Annual administration report of the Civil Veterinary Department of India - 1898-1899
Year: 1898
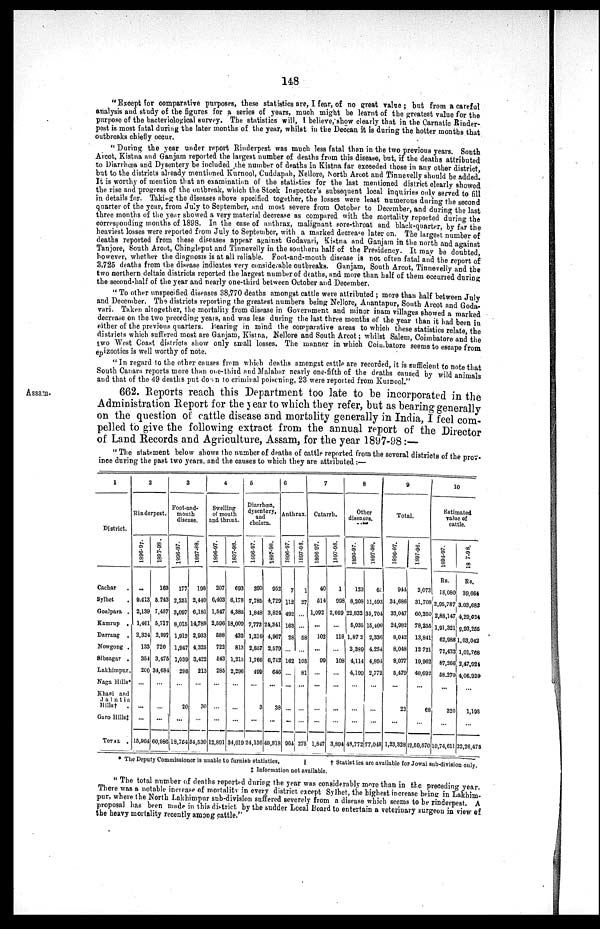
148
"Except for comparative purposes, these statistics are, I fear, of no great value ; but from a careful
analysis and study of the figures for a series of years, much might be learnt of the greatest value for the
purpose of the bacteriological survey. The statistics will, I believe, show clearly that in the Carnatic Binder-
pest is most fatal during the later months of the year, whilst in the Deccan it is during the hotter months that
outbreaks chiefly occur.
"During the year under report Rinderpest was much less fatal than in the two previous years. South
Arcot, Kistna and Ganjam reported the largest number of deaths from this disease, but, if the deaths attributed
to Diarrhœa and Dysentery be included the number of deaths in Kistna far exceeded those in any other district,
but to the districts already mentioned Kurnool, Cuddapah, Nellore, North Arcot and Tinuevelly should be added.
It is worthy of mention that an examination of the statistics for the last mentioned district clearly showed
the rise and progress of the outbreak, which the Stock Inspector's subsequent local inquiries only served to fill
in details for. Taking the diseases above specified together, the losses were least numerous during the second
quarter of the year, from July to September, and most severe from October to December, and during the last
three months of the year showed a very material decrease as compared with the mortality reported during the
corresponding months of 1898. In the case of anthrax, malignant sore-throat and black-quarter, by far the
heaviest losses were reported from July to September, with a marked decrease later on. The largest number of
deaths reported from these diseases appear against Godavari, Kistna and Ganjam in the north and against
Tanjore, South Arcot, Chingleput and Tinnevelly in the southern half of the Presidency. It may be doubted,
however, whether the diagnosis is at all reliable. Foot-and-mouth disease is not often fatal and the report of
3,725 deaths from the disease indicates very considerable outbreaks. Ganjam, South Arcot, Tinnevelly and the
two northern deltaic districts reported the largest number of deaths, and more than half of them occurred during
the second-half of the year and nearly one-third between October and December.
" To other unspecified diseases 38,770 deaths amongst cattle were attributed; more than half between July
and December. The districts reporting the greatest numbers being Nellore, Anantapur, South Arcot and Goda-
vari. Taken altogether, the mortality from disease in Government and minor inam villages showed a marked
decrease on the two preceding years, and was less during the last three months of the year than it had been in
either of the previous quarters. Bearing in mind the comparative areas to which these statistics relate, the
districts which suffered most are Ganjam, Kistna, Nellore and South Arcot; whilst Salem, Coimbatore and the
two West Coast districts show only small losses. The manner in which Coiurbatore seems to escape from
epizootics is well worthy of note.
"In regard to the other causes from which deaths amongst cattle are recorded, it is sufficient to note that
South Canara reports more than one-third and Malabar nearly one-fifth of the deaths caused by wild animals
and that of the 49 deaths put down to criminal poisoning, 23 were reported from Kumool."
662. Reports reach this Department too late to be incorporated in the
Administration Report for the year to which they refer, but as bearing generally
on the question of cattle disease and mortality generally in India, I feel com-
pelled to give the following extract from the annual report of the Director
of Land Records and Agriculture, Assam, for the year 1897-98:—
"The statement below shows the number of deaths of cattle reported from the several districts of the pro-
ince during the past two years, and the causes to which they are attributed :—
1
District.
Cachar .
Sylhet .
Goalpara .
Kamrup .
Darrang .
Nowgong .
Sibsagar .
Lakhimpur.
Naga Hills*
Khasi and
Jaintia
Hills†
.
Garo Hills‡
TOTAL .
2
Rinderpest.
1896-07.
...
9.413
2,139
1,401
2,324
133
354
200
...
...
...
15,964
1897-98.
163
6,743
7,487
6,717
2,907
720
3,476
34,684
...
...
...
60,986
3
Foot-and-
mouth
disease.
1996-97.
177
2,251
3,097
8,015
1,912
1,947
1,639
296
...
20
...
18,754
1897-98.
198
2,440
6,181
14,788
2,933
4,325
3,422
213
...
30
...
34,530
4
Swelling
of mouth
and throat.
1896-97.
207
6,403
1,547
2,596
688
722
543
285
...
...
12,891
1897-98.
693
6,178
4,386
18,009
432
813
1,213
2,296
...
...
34,010
5
Diarrhœa,
dysentery,
and
cholera.
1896-97.
390
7,785
1,848
7,772
1,216
2,857
1,766
499
...
3
...
24,136
1897-98.
952
4,729
3,824
24,341
4,907
2,579
6,742
646
...
38
...
48,819
6
Anthrax.
1696-97.
7
112
492
163
28
...
162
...
...
...
...
961
1897-98.
1
27
...
...
58
...
108
81
...
...
...
275
7
Catarrh.
1896 97.
40
614
1,092
...
102
...
99
...
...
...
...
1,847
1897-98.
1
998
2,669
...
118
...
108
...
...
...
...
3,894
8
Other
diseases.
1896-97.
123
8,208
22,832
6,035
1,87 2
2,389
4,114
4,199
...
...
...
49,772
1897-98,
65
11,593
35,704
15,400
2,330
4.2S4
4,894
2,772
...
...
...
77,048
9
Total.
1896-97.
944
34,686
33,047
24,982
8,042
8,048
8,077
5,479
...
23
...
1,23,328
1897-98.
2,073
31,708
60,250
78,256
13,841
12 721
19,962
40,692
...
68
...
12,59,570
10
Estimated
value of
cattle.
1898-97.
Rs.
18,080
2,95,787
2,88,147
1,91,321
62,988
72,432
87,266
68,270
...
320
...
10,74,611
1897-98.
Rs.
39,664
3,03,683
4,29,024
9,93,255
1,03,042
1,01,768
2,47,921
4,06,920
...
1,198
...
22,26,478
* The Deputy Commissioner is unable to furnish statistics.
† Statist ies are available for Jowai sub-division only.
‡ Information not available.
" The total number of deaths reported during the year was considerably more than in the preceding year.
There was a notable increase of mortality in every district except Sylhet, the highest increase being in Lakhim-
pur, where the North Lakhimpur sub-division suffered severely from a disease which seems to be rinderpest. A
proposal has been made in this district by the sudder Local Board to entertain a veterinary surgeon in view of
the heavy mortality recently among cattle."